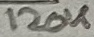
Text: 120K